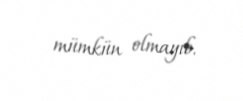
mümkün olmayıb.